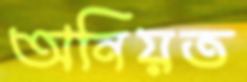
অনিয়ত